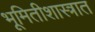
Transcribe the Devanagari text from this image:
भूमितीशास्त्रात